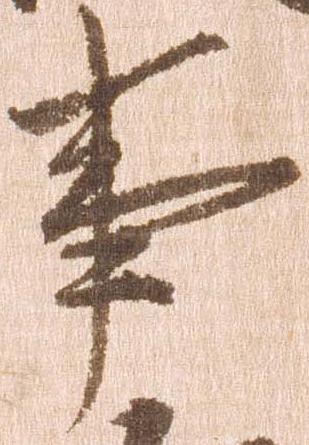
事